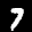
Label: 7